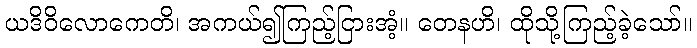
ယဒိဝိလောကေတိ၊ အကယ်၍ကြည့်ငြားအံ့။ တေနဟိ၊ ထိုသို့ကြည့်ခဲ့သော်။